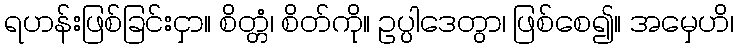
ရဟန်းဖြစ်ခြင်းငှာ။ စိတ္တံ၊ စိတ်ကို။ ဥပ္ပါဒေတွာ၊ ဖြစ်စေ၍။ အမှေဟိ၊